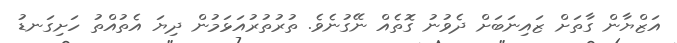
އަޒްޔާން ގާތަށް ޒަައިނަބަށް ދެވުނު ގޮތެއް ނޭގުނެވެ. ތުރުތުރުއަޅަމުން ދިޔަ އެތުއްތު ހަށިގަނޑު